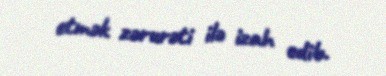
etmək zərurəti ilə izah edib.